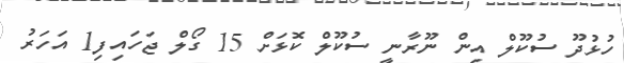
ހުޅުދޫ ސުކޫލް އިން ނޫރާނީ ސުކޫލް ކޮޅަށް 15 ގޯލް ޖަހައިފި1 އަހަރު